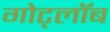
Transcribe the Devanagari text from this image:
गोट्लॉब